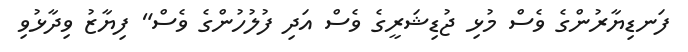
ފަނޑިޔާރުންގެ ވެސް މުޅި ޖުޑިޝަރީގެ ވެސް އަދި ފުލުހުންގެ ވެސް" ފިޔާޒު ވިދާޅުވި